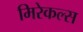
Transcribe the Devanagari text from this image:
मिरेकल्स